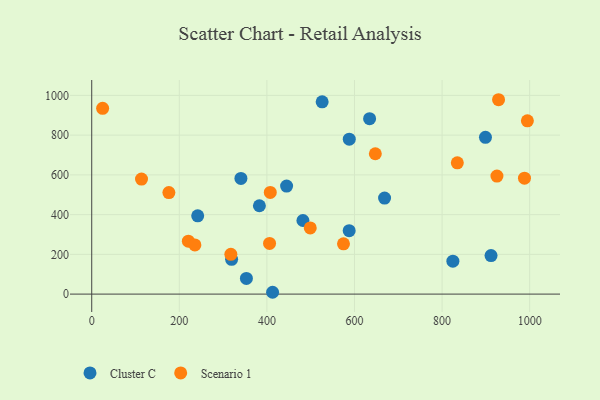
{"axis": {"x": "Ad Spend", "y": "Yield"}, "legend": ["Cluster C", "Scenario 1"], "data": [{"x": "634.5", "y": 883.1, "type": "Cluster C"}, {"x": "482.3", "y": 370.4, "type": "Cluster C"}, {"x": "824.7", "y": 165.8, "type": "Cluster C"}, {"x": "319.4", "y": 175.1, "type": "Cluster C"}, {"x": "587.9", "y": 319.0, "type": "Cluster C"}, {"x": "353.2", "y": 78.8, "type": "Cluster C"}, {"x": "242.0", "y": 393.9, "type": "Cluster C"}, {"x": "382.9", "y": 444.6, "type": "Cluster C"}, {"x": "526.2", "y": 967.9, "type": "Cluster C"}, {"x": "588.1", "y": 779.9, "type": "Cluster C"}, {"x": "668.7", "y": 483.4, "type": "Cluster C"}, {"x": "445.0", "y": 543.5, "type": "Cluster C"}, {"x": "340.7", "y": 582.3, "type": "Cluster C"}, {"x": "413.0", "y": 9.2, "type": "Cluster C"}, {"x": "899.1", "y": 789.2, "type": "Cluster C"}, {"x": "911.8", "y": 193.9, "type": "Cluster C"}, {"x": "988.2", "y": 583.6, "type": "Scenario 1"}, {"x": "220.7", "y": 266.5, "type": "Scenario 1"}, {"x": "24.9", "y": 934.9, "type": "Scenario 1"}, {"x": "499.0", "y": 333.1, "type": "Scenario 1"}, {"x": "647.6", "y": 706.4, "type": "Scenario 1"}, {"x": "994.8", "y": 872.3, "type": "Scenario 1"}, {"x": "113.7", "y": 579.0, "type": "Scenario 1"}, {"x": "235.6", "y": 247.5, "type": "Scenario 1"}, {"x": "406.1", "y": 254.9, "type": "Scenario 1"}, {"x": "925.3", "y": 593.9, "type": "Scenario 1"}, {"x": "929.0", "y": 978.3, "type": "Scenario 1"}, {"x": "834.8", "y": 660.5, "type": "Scenario 1"}, {"x": "176.2", "y": 510.9, "type": "Scenario 1"}, {"x": "317.7", "y": 200.0, "type": "Scenario 1"}, {"x": "407.7", "y": 511.5, "type": "Scenario 1"}, {"x": "574.9", "y": 252.9, "type": "Scenario 1"}]}